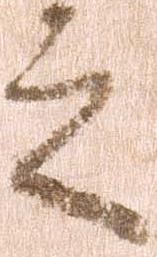
之